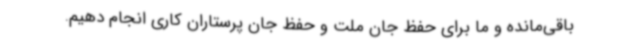
باقی‌مانده و ما برای حفظ جان ملت و حفظ جان پرستاران کاری انجام دهیم.